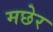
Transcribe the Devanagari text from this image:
मछेर